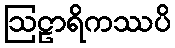
ဩဠာရိကဿပိ